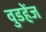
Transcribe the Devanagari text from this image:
वुडहेंज